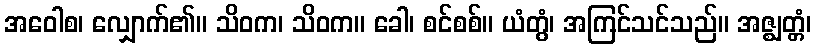
အဝေါစ၊ လျှောက်၏။ သိဝက၊ သိဝက။ ခေါ၊ စင်စစ်။ ယံတွံ၊ အကြင်သင်သည်။ အဇ္ဈတ္တံ၊